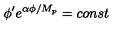
\phi ^ { \prime } e ^ { \alpha \phi / M _ { p } } = c o n s t